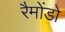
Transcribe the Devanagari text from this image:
रैमोंडो